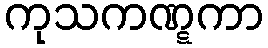
ကုသကဏ္ဋကာ